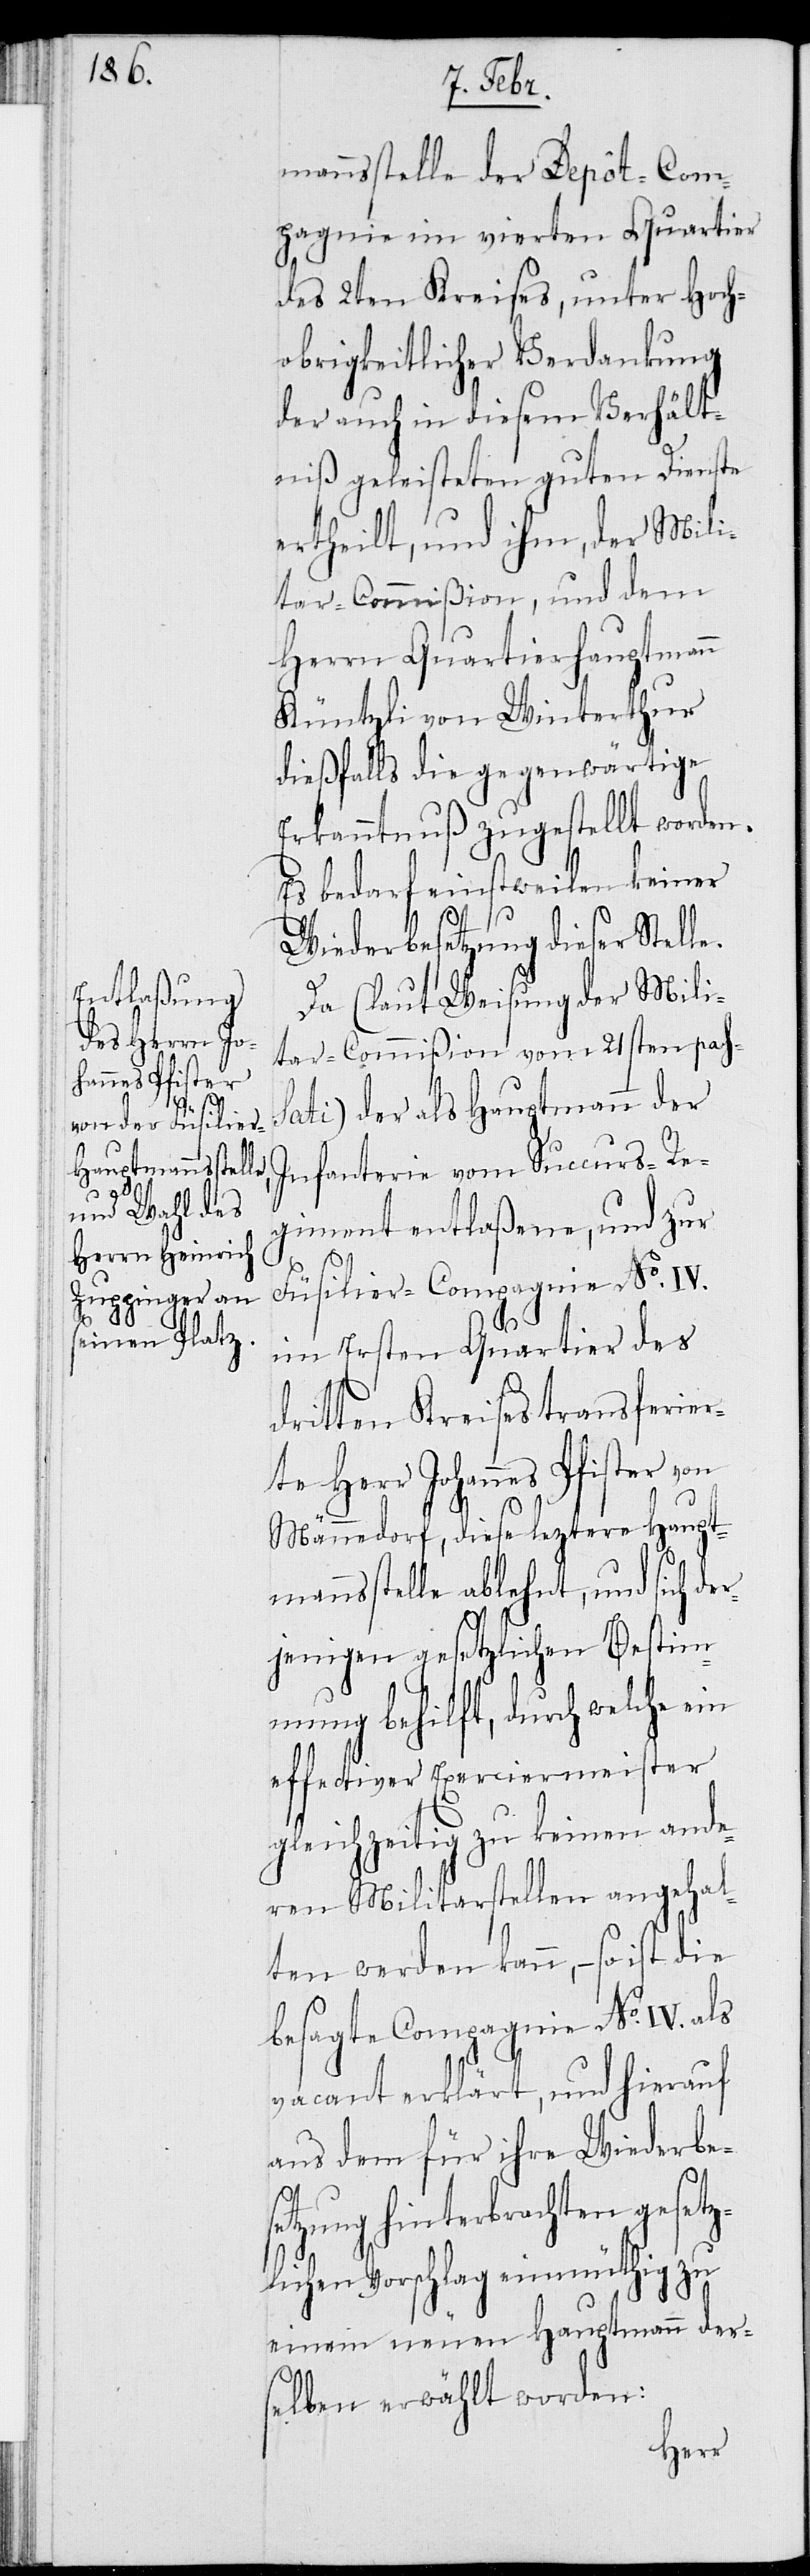
mannsstelle der Depôt-Com¬
pagnie im vierten Quartier
des 2ten Kreises, unter Hoch¬
obrigkeitlicher Verdankung
der auch in diesem Verhält¬
niß geleisteten guten Dienste
ertheilt, und ihm, der Mili¬
tar-Commißion, und dem
Herrn Quartiershauptmann
Küntzli von Winterthur
dießfalls die gegenwärtige
Erkanntnuß zugestellt worden.
Es bedarf einstweilen keiner
Wiederbesetzung dieser Stel¬
Da (laut Weisung der Mili¬
tar-Commißion vom 21sten pass¬
ati) der als Hauptmann der
Infanterie vom Succurs-Re¬
giment entlaßene, und zur
Füsilier-Compagnie No. IV.
im Ersten Quartier des
dritten Kreises transferier¬
te Herr Johannes Pfister von
Männedorf, diese leztere Haupt¬
mannsstelle ablehnt, und sich de¬
rjenigen gesetzlichen Bestim¬
mung behilft, durch welche
effectiver Exerciermeister
gleichzeitig zu keinen ande¬
ren Militarstellen angehal¬
ten werden kann, – so ist die
besagte Compagnie No. IV. als
vacant erklärt, und hierauf
aus dem für ihre Wiederbe¬
setzung hinterbrachten gesetz¬
lichen Vorschlag einmüthig zu
einem neuen Hauptmann ders¬
elben erwählt worden:
le.